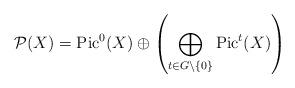
LaTeX: \begin{align*} \mathcal{P}(X) = {\rm Pic}^0(X) \oplus \left( \bigoplus_{t \in G\setminus\{0\}} {\rm Pic}^t (X) \right)\end{align*}